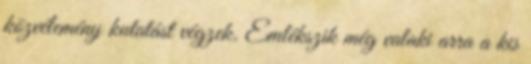
közvélemény kutatást végzek. Emlékszik még valaki arra a kis